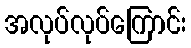
အလုပ်လုပ်ကြောင်း